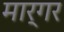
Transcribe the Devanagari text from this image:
मार्गर